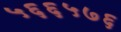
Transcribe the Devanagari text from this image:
५६६५७६